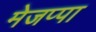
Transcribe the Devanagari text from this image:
मेजप्पा